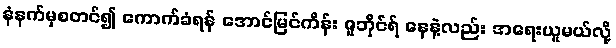
နံနက်မှစတင်၍ ကောက်ခံရန် အောင်မြင်ကိန်း ဇူဘိုင်ရ် နေနဲ့လည်း အရေးယူမယ်လို့